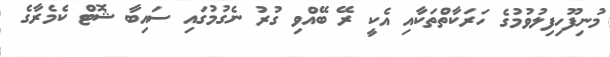
މުނިފޫހިފިލުވުމުގެ ހަރަކާތްތަކާއި އެކީ ރޭ ބޭއްވި ގުރު ނެގުމުގައި ސައިބާ ޝޮޓް ކެމެރާގެ